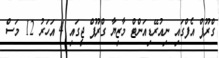
ގްރޫޕް އެފްގައި ނިއުރޭޑިއަންޓް މާޒިޔާ ގްރޫޕް ޖީގައި 4 އަހަރު 12 މަސް